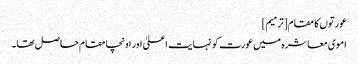
عورتوں کا مقام[ترمیم]
اموی معاشرہ میں عورت کو نہایت اعلیٰ اور اونچا مقام حاصل تھا۔